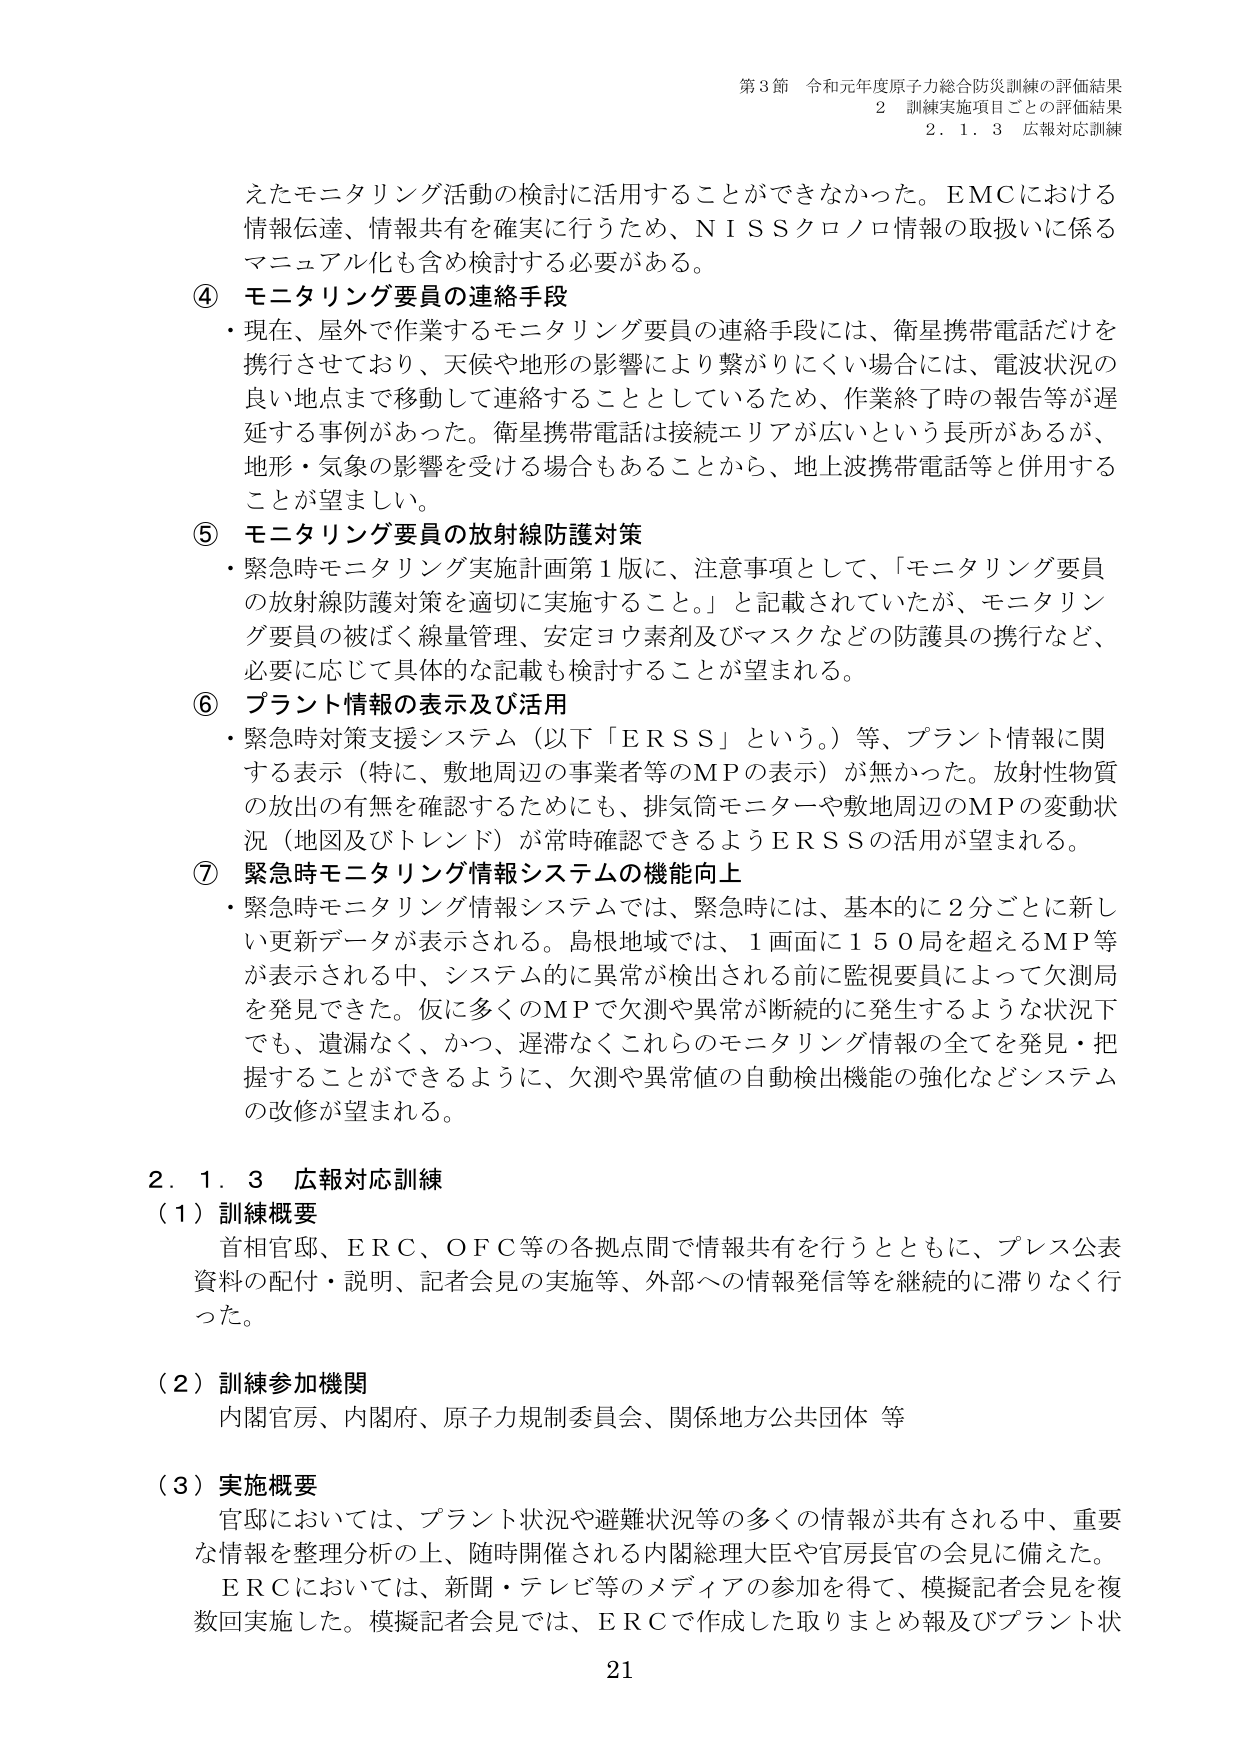
第3節 令和元年度原子力総合防災訓練の評価結果
2 訓練実施項目ごとの評価結果
2.1.3 広報対応訓練

えたモニタリング活動の検討に活用することができなかった。EMCにおける
情報伝達、情報共有を確実に行うため、NISSクロノロ情報の取扱いに係る
マニュアル化も含め検討する必要がある。

④ モニタリング要員の連絡手段
・現在、屋外で作業するモニタリング要員の連絡手段には、衛星携帯電話だけを
携行させており、天候や地形の影響により繋がりにくい場合には、電波状況の
良い地点まで移動して連絡することとしているため、作業終了時の報告等が遅
延する事例があった。衛星携帯電話は接続エリアが広いという長所があるが、
地形・気象の影響を受ける場合もあることから、地上波携帯電話等と併用する
ことが望ましい。

⑤ モニタリング要員の放射線防護対策
・緊急時モニタリング実施計画第1版に、注意事項として、「モニタリング要員
の放射線防護対策を適切に実施すること。」と記載されていたが、モニタリン
グ要員の被ばく線量管理、安定ヨウ素剤及びマスクなどの防護具の携行など、
必要に応じて具体的な記載も検討することが望まれる。

⑥ プラント情報の表示及び活用
・緊急時対策支援システム（以下「ERSS」という。）等、プラント情報に関
する表示（特に、敷地周辺の事業者等のMPの表示）が無かった。放射性物質
の放出の有無を確認するためにも、排気筒モニターや敷地周辺のMPの変動状
況（地図及びトレンド）が常時確認できるようERSSの活用が望まれる。

⑦ 緊急時モニタリング情報システムの機能向上
・緊急時モニタリング情報システムでは、緊急時には、基本的に2分ごとに新し
い更新データが表示される。島根地域では、1画面に150局を超えるMP等
が表示される中、システム的に異常が検出される前に監視要員によって欠測局
を発見できた。仮に多くのMPで欠測や異常が断続的に発生するような状況下
でも、遺漏なく、かつ、遅滞なくこれらのモニタリング情報の全てを発見・把
握することができるよう、欠測や異常値の自動検出機能の強化などシステム
の改修が望まれる。

2.1.3 広報対応訓練
（1）訓練概要
首相官邸、ERC、OFC等の各拠点間で情報共有を行うとともに、プレス公表
資料の配付・説明、記者会見の実施等、外部への情報発信等を継続的に滞りなく行
った。

（2）訓練参加機関
内閣官房、内閣府、原子力規制委員会、関係地方公共団体 等

（3）実施概要
官邸においては、プラント状況や避難状況等の多くの情報が共有される中、重要
な情報を整理分析の上、随時開催される内閣総理大臣や官房長官の会見に備えた。
ERCにおいては、新聞・テレビ等のメディアの参加を得て、模擬記者会見を複
数回実施した。模擬記者会見では、ERCで作成した取りまとめ報及びプラント状

21